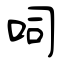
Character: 呞